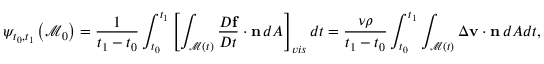
\psi _ { t _ { 0 } , t _ { 1 } } \left( \mathcal { M } _ { 0 } \right) = \frac { 1 } { t _ { 1 } - t _ { 0 } } \int _ { t _ { 0 } } ^ { t _ { 1 } } \left[ \int _ { \mathcal { M } ( t ) } \frac { D \mathbf { f } } { D t } \cdot \mathbf { n } \, d A \right] _ { v i s } d t = \frac { \nu \rho } { t _ { 1 } - t _ { 0 } } \int _ { t _ { 0 } } ^ { t _ { 1 } } \int _ { \mathcal { M } ( t ) } \Delta \mathbf { v } \cdot \mathbf { n } \, d A d t ,